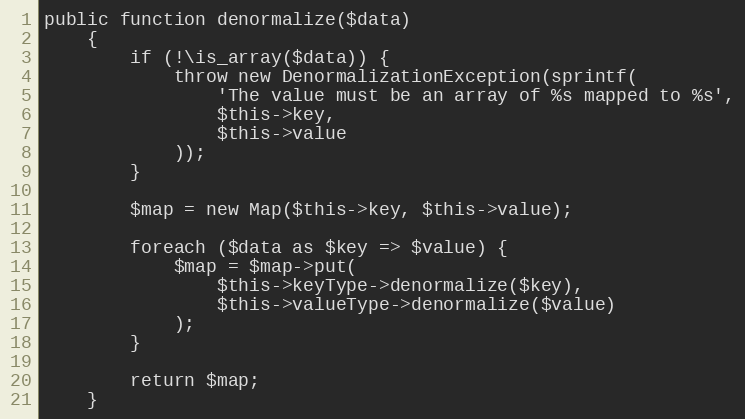
Language: PHP
public function denormalize($data)
    {
        if (!\is_array($data)) {
            throw new DenormalizationException(sprintf(
                'The value must be an array of %s mapped to %s',
                $this->key,
                $this->value
            ));
        }

        $map = new Map($this->key, $this->value);

        foreach ($data as $key => $value) {
            $map = $map->put(
                $this->keyType->denormalize($key),
                $this->valueType->denormalize($value)
            );
        }

        return $map;
    }